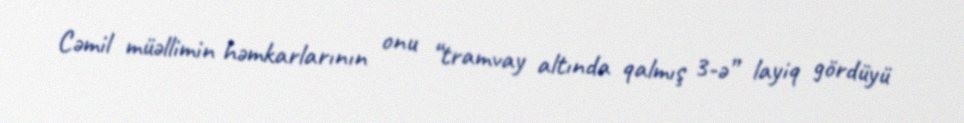
Cəmil müəllimin həmkarlarının onu “tramvay altında qalmış 3-ə” layiq gördüyü